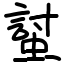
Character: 𧏛